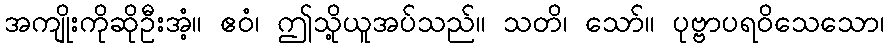
အကျိုးကိုဆိုဦးအံ့။ ဧဝံ၊ ဤသို့ယူအပ်သည်။ သတိ၊ သော်။ ပုဗ္ဗာပရဝိသေသော၊